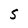
Character: S